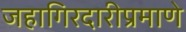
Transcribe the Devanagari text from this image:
जहागिरदारीप्रमाणे